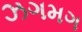
ઝગમગ